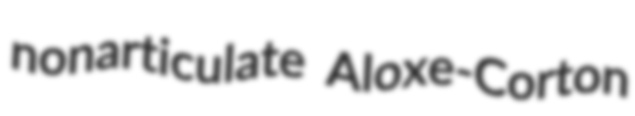
nonarticulate Aloxe-Corton